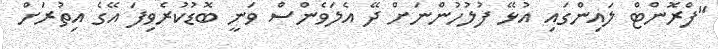
"ފްރޮންޓް ލައިންގައި އުޅޭ ފުލުހުންނަށް ދޭ އެލަވެންސް ވަނީ ބޮޑުކުރެވިފަ އޭގެ އިތުރަށް